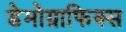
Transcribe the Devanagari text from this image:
डेमोग्राफिक्स